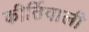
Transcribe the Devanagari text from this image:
कीर्तिवाली